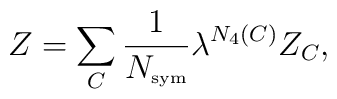
Z=\sum_C\frac{1}{N_{\hbox{\tiny sym}}}\lambda^{N_4(C)}Z_C,